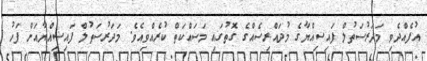
އުފެއްދެވި މަދަރުސަތުލް ފައިޟިއްޔާގެ މުދައްރިސެއްގެ ގޮތުގައި މަސައްކަތް ކުރެއްވިއެވެ. މަދަރުސަތުލް ފައިޟިއްޔާއަށް ފަހު